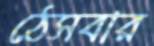
ঠেসবার